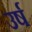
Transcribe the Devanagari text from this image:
उर्ष